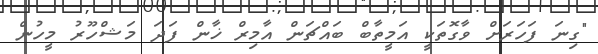
"ގިނަ ފަހަރަށް ވާގޮތަކީ އަމީތާބް ބައްޗަން އާމިރް ޚާން ފަދަ މަޝްހޫރު މީހުން